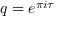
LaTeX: q = e ^ { \pi i \tau }